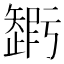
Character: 𥐃